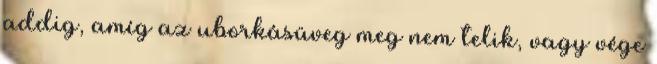
addig, amíg az uborkásüveg meg nem telik, vagy vége